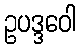
ဥပဒ္ဒဝေါ